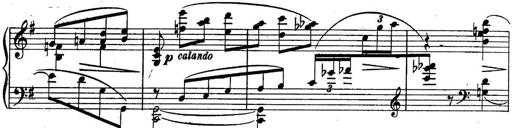
Title: Sonatine
Composer: Adrian Shaposhnikov
Key: E minor